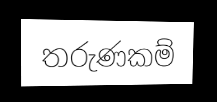
තරුණකම්